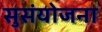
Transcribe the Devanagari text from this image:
सुसंयोजना